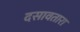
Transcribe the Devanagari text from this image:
दसावतारा